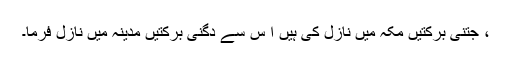
، جتنی برکتیں مکہ میں نازل کی ہیں ا س سے دگنی برکتیں مدینہ میں نازل فرما۔